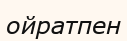
ойратпен